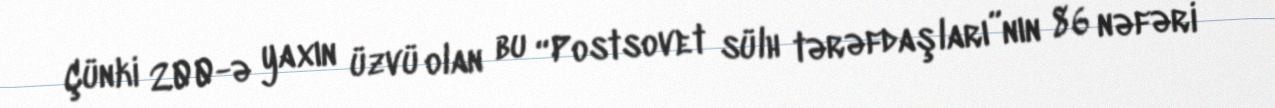
Çünki 200-ə yaxın üzvü olan bu “Postsovet sülh tərəfdaşları”nın 86 nəfəri